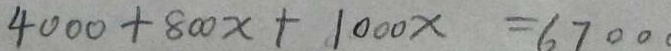
4 0 0 0 + 8 0 0 x + 1 0 0 0 x = 6 7 0 0